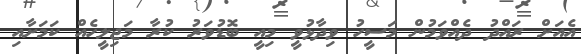
އެއަށް ރައްދު ދެއްވަމުން މަސީހު ވިދާޅުވީ މިއީ ބޮޑުވަރު ކުރާ މަޖިލީހެއް ކަމަށާއި